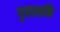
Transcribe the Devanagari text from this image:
गृहासक्ति